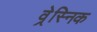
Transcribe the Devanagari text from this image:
व्रेस्निक